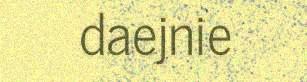
daejnie